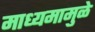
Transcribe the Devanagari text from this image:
माध्यमामुळे